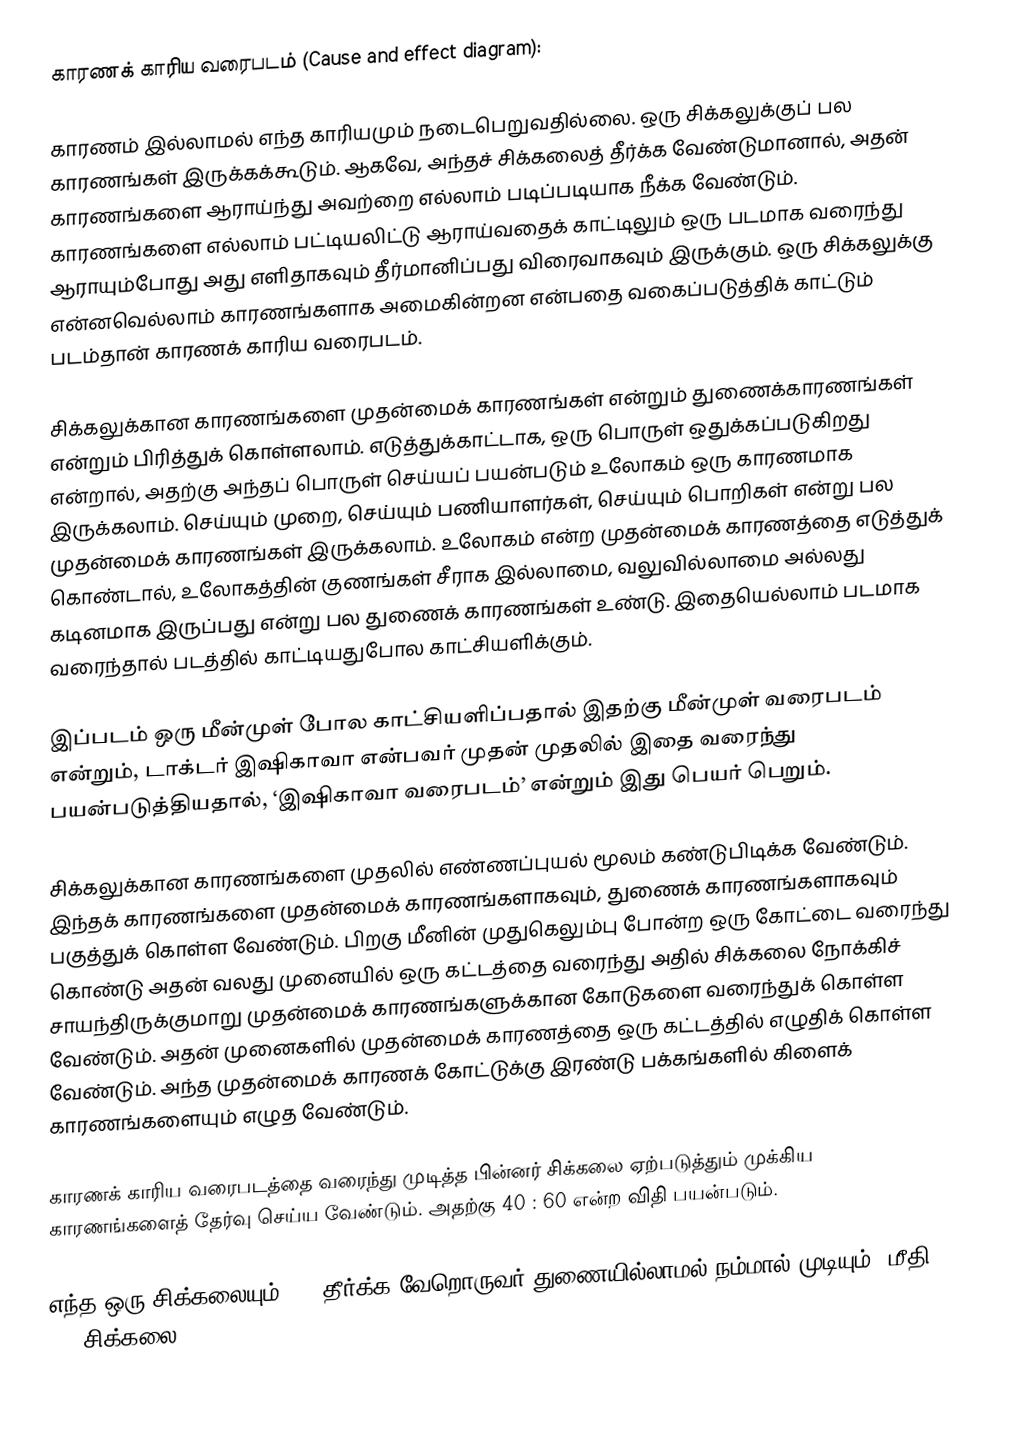
காரணக் காரிய வரைபடம் (Cause and effect diagram):

	காரணம் இல்லாமல் எந்த காரியமும் நடைபெறுவதில்லை. ஒரு சிக்கலுக்குப் பல காரணங்கள் இருக்கக்கூடும். ஆகவே, அந்தச் சிக்கலைத் தீர்க்க வேண்டுமானால், அதன் காரணங்களை ஆராய்ந்து அவற்றை எல்லாம் படிப்படியாக நீக்க வேண்டும். காரணங்களை எல்லாம் பட்டியலிட்டு ஆராய்வதைக் காட்டிலும் ஒரு படமாக வரைந்து ஆராயும்போது அது எளிதாகவும் தீர்மானிப்பது விரைவாகவும் இருக்கும். ஒரு சிக்கலுக்கு என்னவெல்லாம் காரணங்களாக அமைகின்றன என்பதை வகைப்படுத்திக் காட்டும் படம்தான் காரணக் காரிய வரைபடம்.

	சிக்கலுக்கான காரணங்களை முதன்மைக் காரணங்கள் என்றும் துணைக்காரணங்கள் என்றும் பிரித்துக் கொள்ளலாம். எடுத்துக்காட்டாக, ஒரு பொருள் ஒதுக்கப்படுகிறது என்றால், அதற்கு அந்தப் பொருள் செய்யப் பயன்படும் உலோகம் ஒரு காரணமாக இருக்கலாம். செய்யும் முறை, செய்யும் பணியாளர்கள், செய்யும் பொறிகள் என்று பல முதன்மைக் காரணங்கள் இருக்கலாம். உலோகம் என்ற முதன்மைக் காரணத்தை எடுத்துக் கொண்டால், உலோகத்தின் குணங்கள் சீராக இல்லாமை, வலுவில்லாமை அல்லது கடினமாக இருப்பது என்று பல துணைக் காரணங்கள் உண்டு. இதையெல்லாம் படமாக வரைந்தால் படத்தில் காட்டியதுபோல காட்சியளிக்கும்.

	இப்படம் ஒரு மீன்முள் போல காட்சியளிப்பதால் இதற்கு மீன்முள் வரைபடம் என்றும், டாக்டர் இஷிகாவா என்பவர் முதன் முதலில் இதை வரைந்து பயன்படுத்தியதால், ‘இஷிகாவா வரைபடம்’ என்றும் இது பெயர் பெறும்.

சிக்கலுக்கான காரணங்களை முதலில் எண்ணப்புயல் மூலம் கண்டுபிடிக்க வேண்டும். இந்தக் காரணங்களை முதன்மைக் காரணங்களாகவும், துணைக் காரணங்களாகவும் பகுத்துக் கொள்ள வேண்டும். பிறகு மீனின் முதுகெலும்பு போன்ற ஒரு கோட்டை வரைந்து கொண்டு அதன் வலது முனையில் ஒரு கட்டத்தை வரைந்து அதில் சிக்கலை நோக்கிச் சாயந்திருக்குமாறு முதன்மைக் காரணங்களுக்கான கோடுகளை வரைந்துக் கொள்ள வேண்டும். அதன் முனைகளில் முதன்மைக் காரணத்தை ஒரு கட்டத்தில் எழுதிக் கொள்ள வேண்டும். அந்த முதன்மைக் காரணக் கோட்டுக்கு இரண்டு பக்கங்களில் கிளைக் காரணங்களையும் எழுத வேண்டும்.

	காரணக் காரிய வரைபடத்தை வரைந்து முடித்த பின்னர் சிக்கலை ஏற்படுத்தும் முக்கிய காரணங்களைத் தேர்வு செய்ய வேண்டும். அதற்கு 40 : 60 என்ற விதி பயன்படும்.

எந்த ஒரு சிக்கலையும் 40% தீர்க்க வேறொருவர் துணையில்லாமல் நம்மால் முடியும். மீதி 60% சிக்கலை